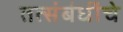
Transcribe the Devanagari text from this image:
तत्संबंधींचे